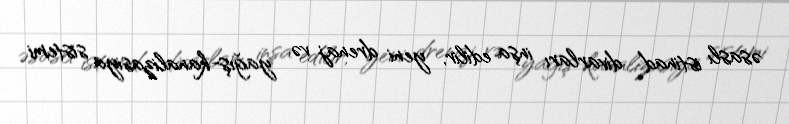
əsaslı istinad divarları inşa edilir, yeni drenaj və yağış-kanalizasiya sistemi